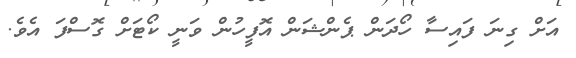
އަށް ގިނަ ފައިސާ ހޯދަން ޕެންޝަން އޮފީހުން ވަނީ ކޯޓަށް ގޮސްފަ އެވެ.